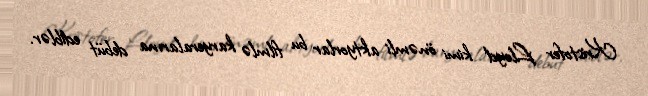
Kristofer Lloyd kimi önəmli aktyorlar bu filmlə karyeralarına debüt ediblər.